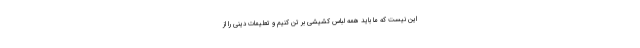
این نیست که ما باید همه لباس کشیشی بر تن کنیم و تعلیمات دینی را از